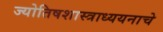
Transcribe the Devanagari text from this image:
ज्योतिषशास्त्राध्ययनाचे